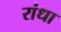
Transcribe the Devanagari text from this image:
रांधा